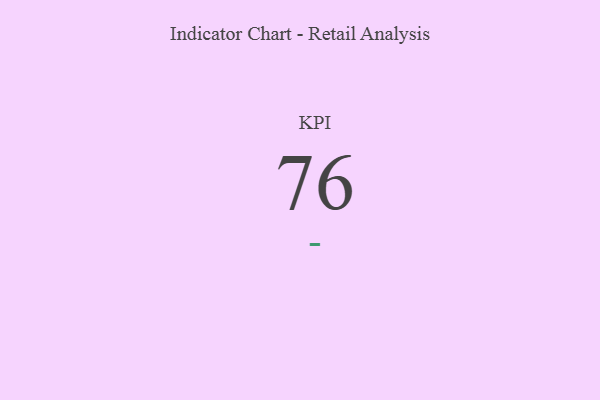
{"axis": {"x": "KPI", "y": "Value"}, "legend": [""], "data": [{"x": "KPI", "y": 76, "type": ""}]}